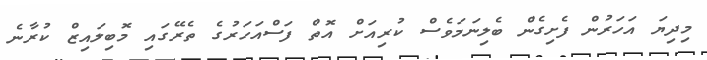
މިދިޔަ އަހަރުން ފެށިގެން ބެލިނަމަވެސް ކުރިއަށް އޮތް ފަސްއަހަރުގެ ތެރޭގައި މޮބިލައިޒް ކުރާނެ